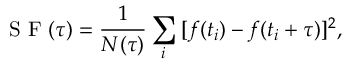
\mathrm { ~ S ~ F ~ } ( \tau ) = \frac { 1 } { N ( \tau ) } \sum _ { i } \: [ f ( t _ { i } ) - f ( t _ { i } + \tau ) ] ^ { 2 } ,